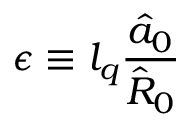
\epsilon \equiv l _ { q } \frac { \hat { a } _ { 0 } } { \hat { R } _ { 0 } }